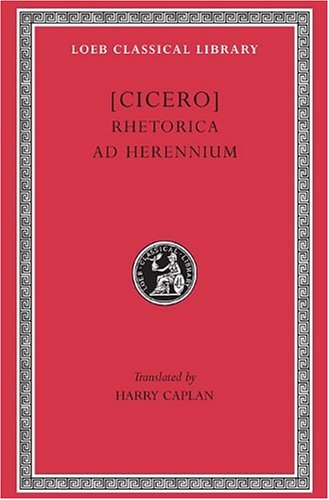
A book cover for Cicero: Rhetorica ad Herennium (Loeb Classical Library No. 403) (English and Latin Edition); Cicero; Literature & Fiction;